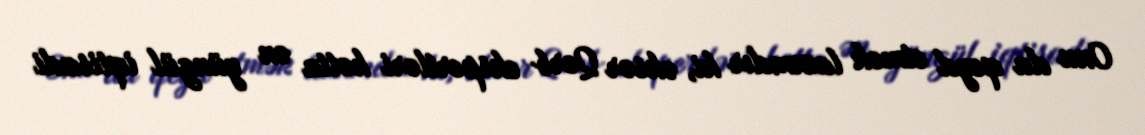
Onu da qeyd etmək lazımdır ki, əksər Qərb ekspertləri hətta ən yüngül iqtisadi